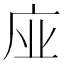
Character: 𢈀